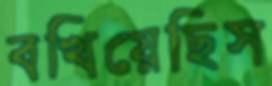
বখিয়েছিস